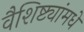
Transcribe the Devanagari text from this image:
वैशिष्ट्यांमधे